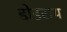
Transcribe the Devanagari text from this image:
डोडराय